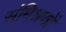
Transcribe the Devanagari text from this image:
संमिश्रणों